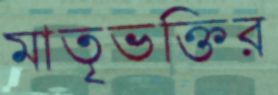
মাতৃভক্তির